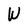
Character: W